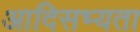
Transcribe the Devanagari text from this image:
आदिसभ्‍यता